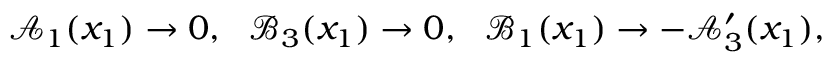
\mathcal { A } _ { 1 } ( x _ { 1 } ) \rightarrow 0 , \ \ \mathcal { B } _ { 3 } ( x _ { 1 } ) \rightarrow 0 , \ \ \mathcal { B } _ { 1 } ( x _ { 1 } ) \rightarrow - \mathcal { A } _ { 3 } ^ { \prime } ( x _ { 1 } ) ,